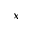
_ x